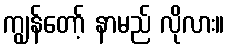
ကျွန်တော့် နာမည် လိုလား။